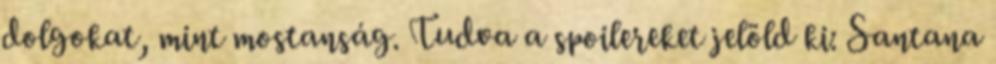
dolgokat, mint mostanság. Tudva a spoilereket jelöld ki: Santana